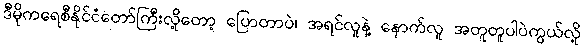
ဒီမိုကရေစီနိုင်ငံတော်ကြီးလို့တော့ ပြောတာပဲ၊ အရင်လူနဲ့ နောက်လူ အတူတူပါပဲကွယ်လို့